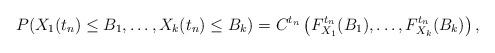
LaTeX: \begin{align*}P(X_1(t_n)\le B_1,\ldots,X_k(t_n)\le B_k) = C^{t_n}\left(F_{X_1}^{t_n}(B_1),\ldots,F_{X_k}^{t_n}(B_k)\right),\end{align*}